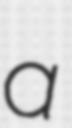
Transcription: a